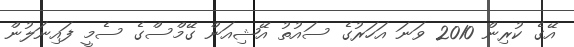
އޭގެ ކުރިން 2010 ވަނަ އަހަރުގެ ސައުތު އޭޝިއަން ގޭމްސްގެ ސެމީ ފައިނަލުން